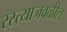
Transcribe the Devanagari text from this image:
रस्त्याजवळील